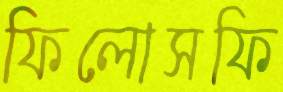
ফিলোসফি